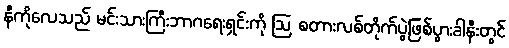
နီကိုလေသည် မင်းသားကြီးဘာဂရေးရှင်းကို ဩ စတားလစ်တိုက်ပွဲဖြစ်ပွားခါနီးတွင်